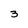
Character: 3